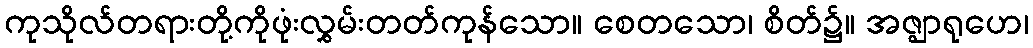
ကုသိုလ်တရားတို့ကိုဖုံးလွှမ်းတတ်ကုန်သော။ စေတသော၊ စိတ်၌။ အဇ္ဈာရုဟေ၊